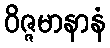
ဝိဇ္ဇမာနာနံ